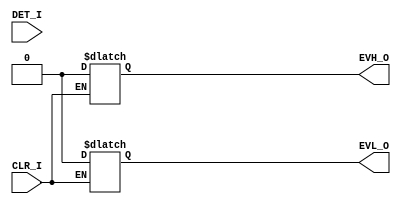
`celldefine
module RIIO_EG1D80V_ESDDETECT(
		  CLR_I
		, DET_I
		, EVH_O
		, EVL_O
`ifdef USE_PG_PIN
		, VDD
		, VDDIO
		, VSS
		, VSSIO
`endif// USE_PG_PIN
);

input           
`ifdef USE_PG_PIN
`ifdef USE_AMS_EXTENSION
`ifdef INCA
(*
  integer supplySensitivity = "VDD";
  integer groundSensitivity = "VSS";
*)
`endif//INCA
`endif//USE_AMS_EXTENSION
`endif//USE_PG_PIN
  CLR_I;

input           
`ifdef USE_PG_PIN
`ifdef USE_AMS_EXTENSION
`ifdef INCA
(*
  integer supplySensitivity = "VDDIO";
  integer groundSensitivity = "VSSIO";
*)
`endif//INCA
`endif//USE_AMS_EXTENSION
`endif//USE_PG_PIN
  DET_I;

output          
`ifdef USE_PG_PIN
`ifdef USE_AMS_EXTENSION
`ifdef INCA
(*
  integer supplySensitivity = "VDD";
  integer groundSensitivity = "VSS";
*)
`endif//INCA
`endif//USE_AMS_EXTENSION
`endif//USE_PG_PIN
  EVH_O;

output          
`ifdef USE_PG_PIN
`ifdef USE_AMS_EXTENSION
`ifdef INCA
(*
  integer supplySensitivity = "VDD";
  integer groundSensitivity = "VSS";
*)
`endif//INCA
`endif//USE_AMS_EXTENSION
`endif//USE_PG_PIN
  EVL_O;


`ifdef USE_PG_PIN
inout           
`ifdef USE_AMS_EXTENSION
`ifdef INCA
(*
  integer inh_conn_prop_name = "vdd";
  integer inh_conn_def_value = "cds_globals.\\\\VDD! ";
*)
`endif//INCA
`endif//USE_AMS_EXTENSION
  VDD;

inout           
`ifdef USE_AMS_EXTENSION
`ifdef INCA
(*
  integer inh_conn_prop_name = "vddio";
  integer inh_conn_def_value = "cds_globals.\\\\VDDIO! ";
*)
`endif//INCA
`endif//USE_AMS_EXTENSION
  VDDIO;

inout           
`ifdef USE_AMS_EXTENSION
`ifdef INCA
(*
  integer inh_conn_prop_name = "vss";
  integer inh_conn_def_value = "cds_globals.\\\\VSS! ";
*)
`endif//INCA
`endif//USE_AMS_EXTENSION
  VSS;

inout           
`ifdef USE_AMS_EXTENSION
`ifdef INCA
(*
  integer inh_conn_prop_name = "vssio";
  integer inh_conn_def_value = "cds_globals.\\\\VSSIO! ";
*)
`endif//INCA
`endif//USE_AMS_EXTENSION
  VSSIO;
`else// !USE_PG_PIN

wire   VDD;
assign VDD = 1'b1;

wire   VDDIO;
assign VDDIO = 1'b1;

wire   VSS;
assign VSS = 1'b0;

wire   VSSIO;
assign VSSIO = 1'b0;

`endif// USE_PG_PIN

reg EVH_O, EVL_O;

// start with invalid latch content
initial begin
    EVH_O <= 1'bX;
    EVL_O <= 1'bX;
end

// clear latches
always @( CLR_I ) begin
  if( CLR_I==1'b1 ) begin
    EVH_O <= 0;
    EVL_O <= 0;
  end
end

 // nothing to trigger as we cannot check the voltage on logic level
always @( DET_I  ) begin
end


specify
	specparam CDS_LIBNAME  = "rilib_gf22fdx_io_EG1d80V_extra";
	specparam CDS_CELLNAME = "RIIO_EG1D80V_ESDDETECT";
	specparam CDS_VIEWNAME = "schematic";
endspecify

endmodule
`endcelldefine